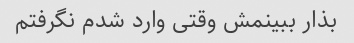
بذار ببینمش وقتی وارد شدم نگرفتم